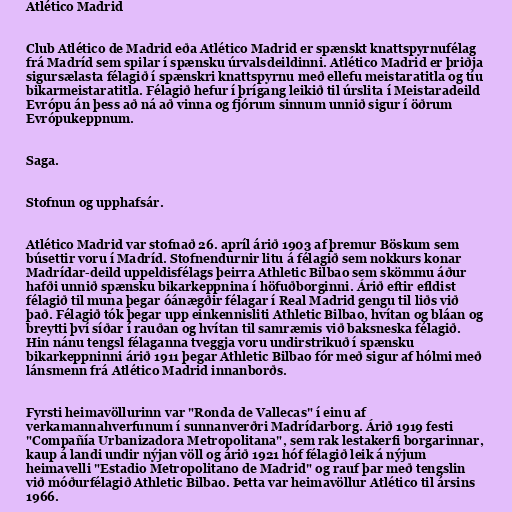
Atlético Madrid

Club Atlético de Madrid eða Atlético Madrid er spænskt knattspyrnufélag
frá Madríd sem spilar í spænsku úrvalsdeildinni. Atlético Madrid er þriðja
sigursælasta félagið í spænskri knattspyrnu með ellefu meistaratitla og tíu
bikarmeistaratitla. Félagið hefur í þrígang leikið til úrslita í Meistaradeild
Evrópu án þess að ná að vinna og fjórum sinnum unnið sigur í öðrum
Evrópukeppnum.

Saga.

Stofnun og upphafsár.

Atlético Madrid var stofnað 26. apríl árið 1903 af þremur Böskum sem
búsettir voru í Madríd. Stofnendurnir litu á félagið sem nokkurs konar
Madrídar-deild uppeldisfélags þeirra Athletic Bilbao sem skömmu áður
hafði unnið spænsku bikarkeppnina í höfuðborginni. Árið eftir efldist
félagið til muna þegar óánægðir félagar í Real Madrid gengu til liðs við
það. Félagið tók þegar upp einkennisliti Athletic Bilbao, hvítan og bláan og
breytti því síðar í rauðan og hvítan til samræmis við baksneska félagið.
Hin nánu tengsl félaganna tveggja voru undirstrikuð í spænsku
bikarkeppninni árið 1911 þegar Athletic Bilbao fór með sigur af hólmi með
lánsmenn frá Atlético Madrid innanborðs.

Fyrsti heimavöllurinn var "Ronda de Vallecas" í einu af
verkamannahverfunum í sunnanverðri Madrídarborg. Árið 1919 festi
"Compañía Urbanizadora Metropolitana", sem rak lestakerfi borgarinnar,
kaup á landi undir nýjan völl og árið 1921 hóf félagið leik á nýjum
heimavelli "Estadio Metropolitano de Madrid" og rauf þar með tengslin
við móðurfélagið Athletic Bilbao. Þetta var heimavöllur Atlético til ársins
1966.